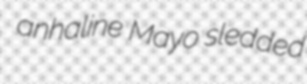
anhaline Mayo sledded